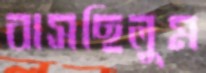
বাসছিলুম